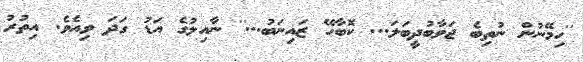
''ހިމޭނުން ނުތިބެ ޖަވާބުދީބަލަ... ކޮބާހޭ ޒައިނަބު...'' ނާއިލުގެ އަޑު ގަދަ ވިއެވެ. އިތުރު